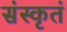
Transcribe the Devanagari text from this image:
संस्कृतं